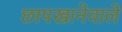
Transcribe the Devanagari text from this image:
छापखानेवाले